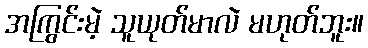
အကြွင်းမဲ့ သူယုတ်မာလဲ မဟုတ်ဘူး။